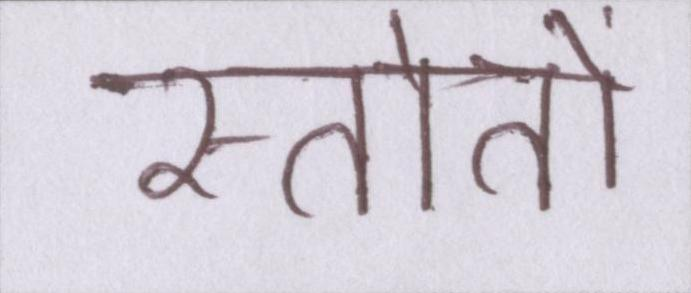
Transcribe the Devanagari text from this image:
स्त्रोतों